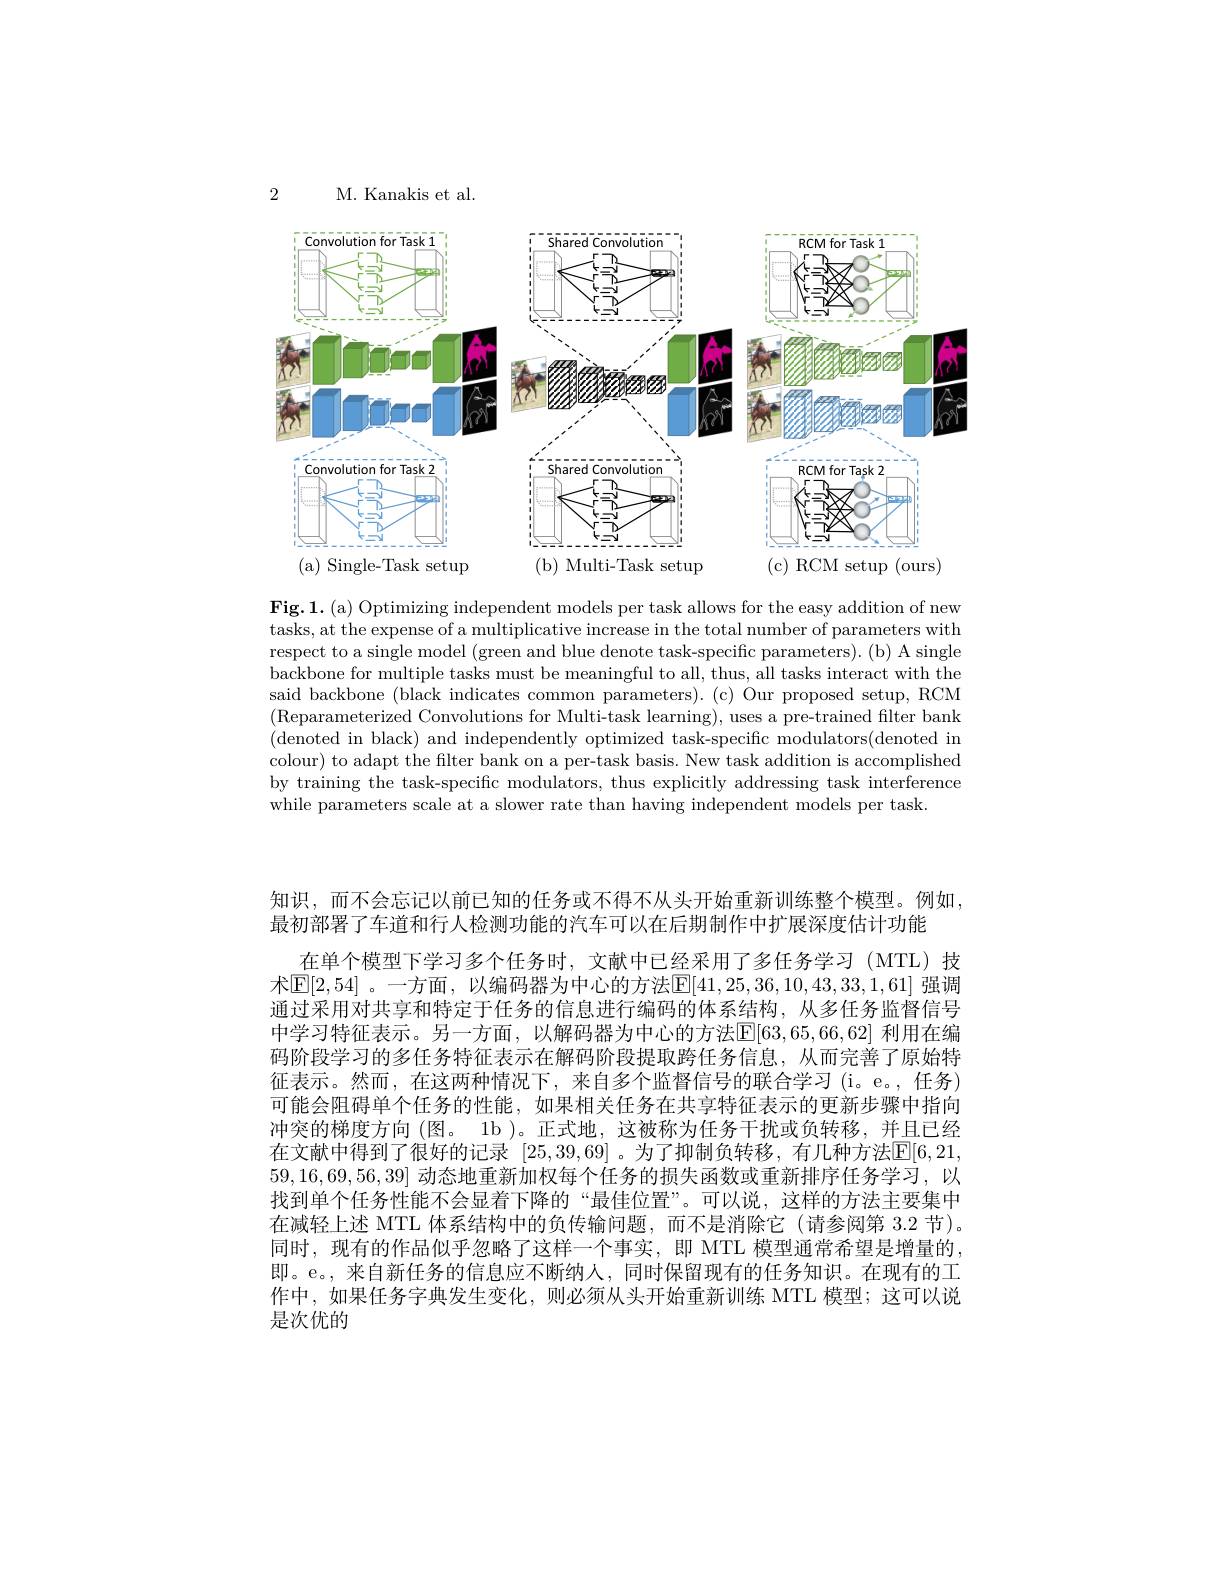
2

M. Kanakis et al.

<FigureHere>
( a) Single- Task setup
( b) Multi- Task setup
( c) RCM setup ( ours)

$\mathbf{Fig.1.(a)~Optimizing~independent~models~per~task~allows~for~the~easy~addition~of~new}$ tasks, at the expense of a multiplicative increase in the total number of parameters with respect to a single model (green and blue denote task-specific parameters). (b) A single backbone for multiple tasks must be meaningful to all, thus, all tasks interact with the said backbone (black indicates common parameters).(c) Our proposed setup, RCM (Reparameterized Convolutions for Multi-task learning), uses a pre-trained filter bank (denoted in black) and independently optimized task-specific modulators(denoted in colour) to adapt the filter bank on a per-task basis. New task addition is accomplished by training the task-specific modulators, thus explicitly addressing task interference while parameters scale at a slower rate than having independent models per task.

知识，而不会忘记以前已知的任务或不得不从头开始重新训练整个模型。例如，
最初部署了车道和行人检测功能的汽车可以在后期制作中扩展深度估计功能
在单个模型下学习多个任务时，文献中已经采用了多任务学习(MTL)技术$\mathbb{E}[2,54]$ 。一方面，以编码器为中心的方法$\mathbb{E}[41,25,36,10,43,33,1,61]$ 强调通过采用对共享和特定于任务的信息进行编码的体系结构，从多任务监督信号中学习特征表示。另一方面，以解码器为中心的方法$\overline{\mathbb{E}}[63,65,66,62]$ 利用在编码阶段学习的多任务特征表示在解码阶段提取跨任务信息，从而完善了原始特征表示。然而，在这两种情况下，来自多个监督信号的联合学习(i。e。,任务) 可能会阻碍单个任务的性能，如果相关任务在共享特征表示的更新步骤中指向冲突的梯度方向(图。1b )。正式地，这被称为任务干扰或负转移，并且已经在文献中得到了很好的记录$^[25,39,69]$。为了抑制负转移，有几种方法$\mathbb{E}[6,21]$ $59,16,69,56,39]\dot{\text{动态地重新加权每个任务的损失函数或重新排序任务学习，以}}$ 找到单个任务性能不会显着下降的“最佳位置”。可以说，这样的方法主要集中在减轻上述 MTL 体系结构中的负传输问题，而不是消除它 (请参阅第 3.2 节)。同时，现有的作品似乎忽略了这样一个事实，即 MTL 模型通常希望是增量的即。e。,来自新任务的信息应不断纳人，同时保留现有的任务知识。在现有的工作中，如果任务字典发生变化，则必须从头开始重新训练 MTL 模型；这可以说是次优的